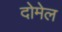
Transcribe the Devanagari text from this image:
दोमेल